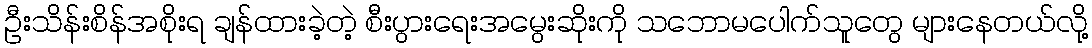
ဦးသိန်းစိန်အစိုးရ ချန်ထားခဲ့တဲ့ စီးပွားရေးအမွေးဆိုးကို သဘောမပေါက်သူတွေ များနေတယ်လို့